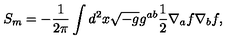
S _ { m } = - { \frac { 1 } { 2 \pi } } \int d ^ { 2 } x \sqrt { - g } g ^ { a b } { \frac { 1 } { 2 } } \nabla _ { a } f \nabla _ { b } f ,